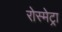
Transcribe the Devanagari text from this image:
रोस्मेट्रा